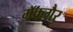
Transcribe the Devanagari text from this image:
मॅकगैर